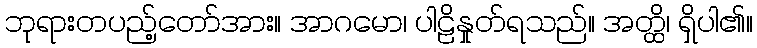
ဘုရားတပည့်တော်အား။ အာဂမော၊ ပါဠိနှုတ်ရသည်။ အတ္ထိ၊ ရှိပါ၏။